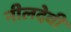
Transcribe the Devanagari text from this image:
नीलदेवी